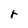
Character: r